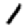
Digit: 1